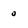
Character: 0